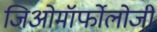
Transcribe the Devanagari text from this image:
जिओमॉर्फोलोजी